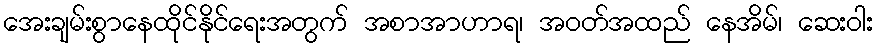
အေးချမ်းစွာနေထိုင်နိုင်ရေးအတွက် အစာအာဟာရ၊ အဝတ်အထည် နေအိမ်၊ ဆေးဝါး